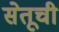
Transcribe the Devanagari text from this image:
सेतूची